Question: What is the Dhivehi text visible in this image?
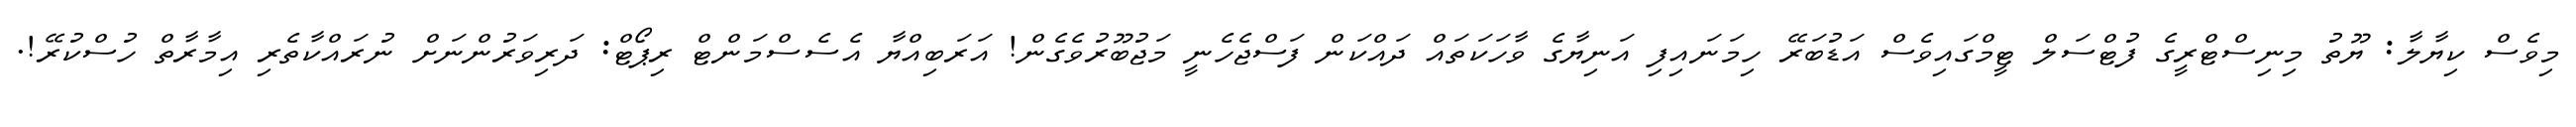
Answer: މިވެސް ކިޔާލާ: ޔޫތު މިނިސްޓްރީގެ ފުޓްސަލް ޓީމްގައިވެސް އަޑުބަރޭ ހިމަނައިފި އަނިޔާގެ ވާހަކަތައް ދައްކަން ފަސްޖެހެނީ މަޖުބޫރުވެގެން! އަރަބިއްޔާ އެސެސްމަންޓް ރިޕޯޓް: ދަރިވަރުންނަށް ނުރައްކާތެރި އިމާރާތް ހުސްކުރޭ!.